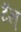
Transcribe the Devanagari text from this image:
टॅल्